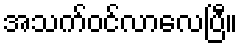
အသက်ဝင်လာလေပြီ။